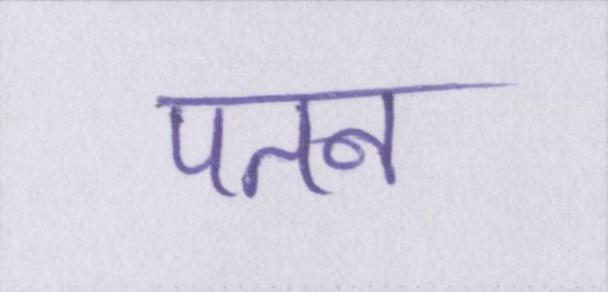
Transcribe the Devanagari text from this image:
पतन